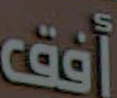
أفق